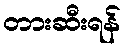
တားဆီးရန်